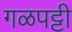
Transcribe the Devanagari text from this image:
गळपट्टी